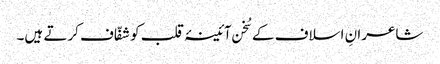
شاعرانِ اسلاف کے سُخن آئینۂ قلب کو شفّاف کرتے ہیں۔